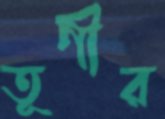
তূণীর